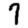
Digit: 7